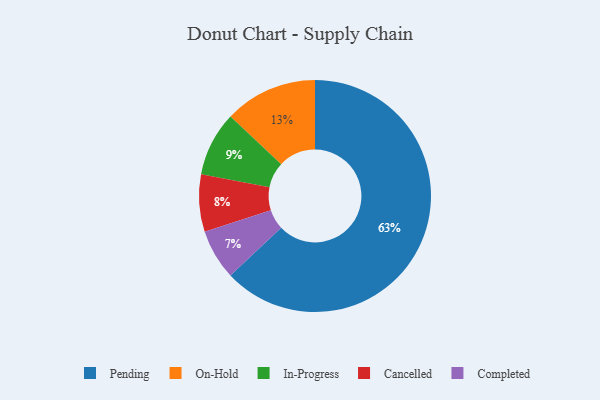
{"axis": {"x": "Category", "y": "Percentage"}, "legend": ["Cancelled", "Completed", "In-Progress", "On-Hold", "Pending"], "data": [{"x": "In-Progress", "y": 9, "type": "In-Progress"}, {"x": "Pending", "y": 63, "type": "Pending"}, {"x": "Cancelled", "y": 8, "type": "Cancelled"}, {"x": "On-Hold", "y": 13, "type": "On-Hold"}, {"x": "Completed", "y": 7, "type": "Completed"}]}